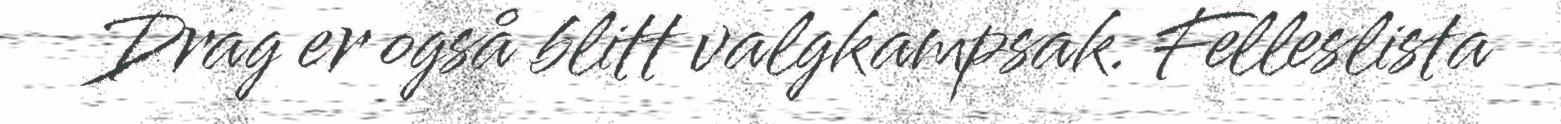
Drag er også blitt valgkampsak. Felleslista